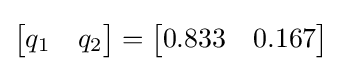
{\begin{bmatrix}q_{1}&q_{2}\end{bmatrix}}={\begin{bmatrix}0.833&0.167\end{bmatrix}}